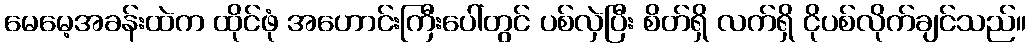
မေမေ့အခန်းထဲက ထိုင်ဖုံ အဟောင်းကြီးပေါ်တွင် ပစ်လှဲပြီး စိတ်ရှိ လက်ရှိ ငိုပစ်လိုက်ချင်သည်။